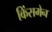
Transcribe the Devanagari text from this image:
किंसमेन